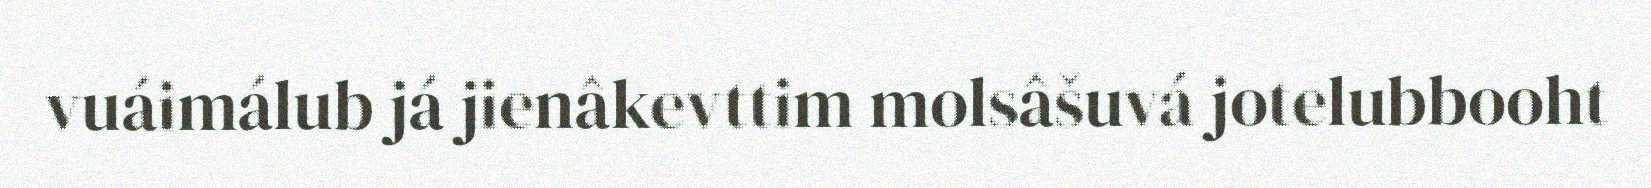
vuáimálub já jienâkevttim molsâšuvá jotelubbooht